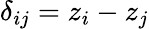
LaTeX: \delta_{ij}=z_{i}-z_{j}